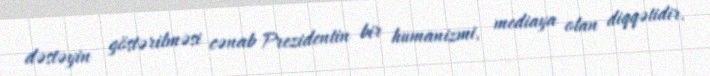
dəstəyin göstərilməsi cənab Prezidentin bir humanizmi, mediaya olan diqqətidir.